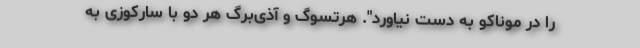
را در موناکو به دست نیاورد". هرتسوگ و آذی‌برگ هر دو با سارکوزی به